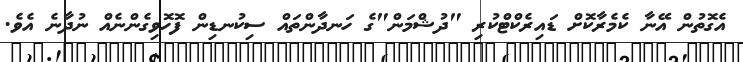
އެގޮތުން އޭނާ ކެމެރާކޮށް ޑައިރެކްޓްކުރި "ދުޝްމަން"ގެ ހަނދާންތައް ސިކުނޑިން ފޮހޮވިގެންނެއް ނުދާނެ އެވެ.